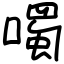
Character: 噣